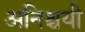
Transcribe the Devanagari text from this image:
अनिश्चयी